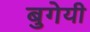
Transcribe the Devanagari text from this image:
बुगेयी